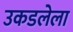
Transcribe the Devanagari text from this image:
उकडलेला